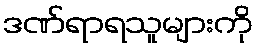
ဒဏ်ရာရသူများကို